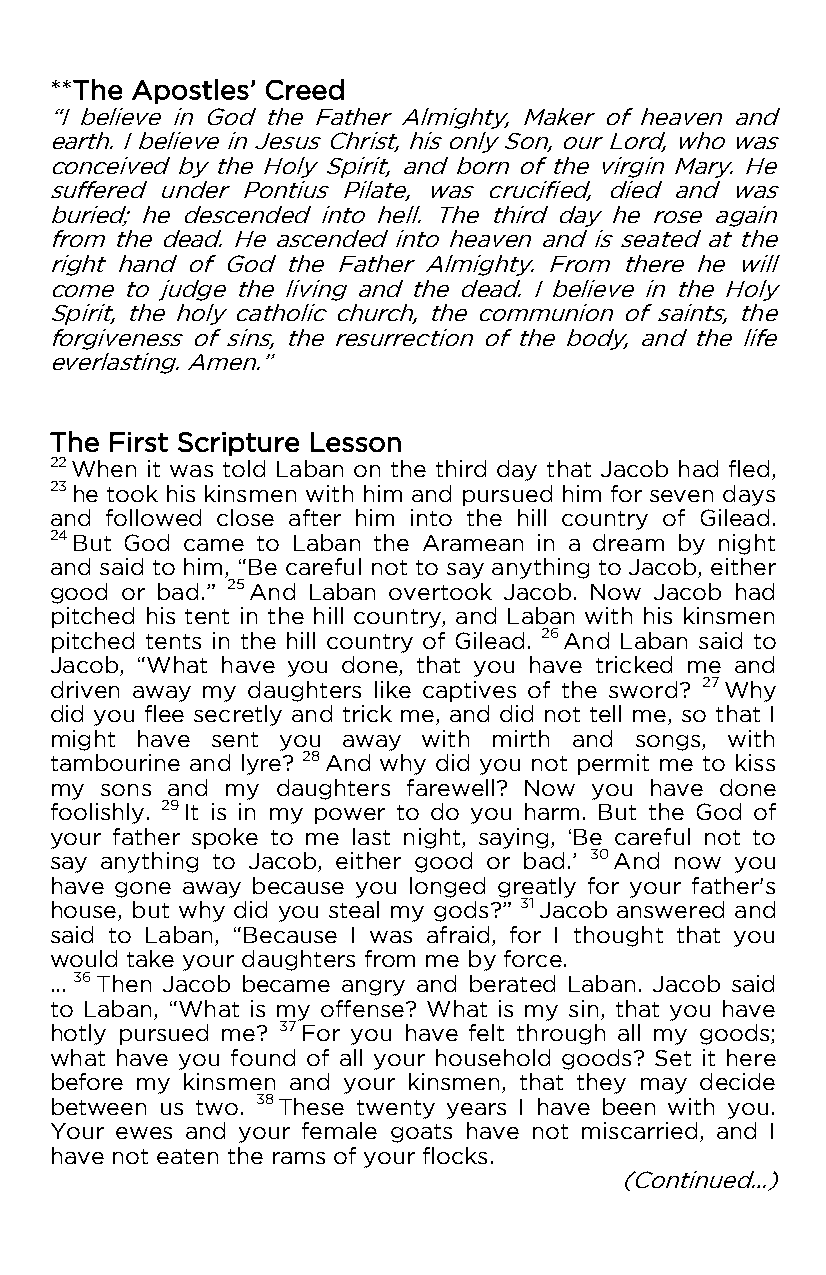
**The Apostles’ Creed
 “I believe in God the Father Almighty, Maker of heaven and
 earth. I believe in Jesus Christ, his only Son, our Lord, who was
 conceived by the Holy Spirit, and born of the virgin Mary. He
 suffered under Pontius Pilate, was crucified, died and was
 buried; he descended into hell. The third day he rose again
 from the dead. He ascended into heaven and is seated at the
 right hand of God the Father Almighty. From there he will
 come to judge the living and the dead. I believe in the Holy
 Spirit, the holy catholic church, the communion of saints, the
 forgiveness of sins, the resurrection of the body, and the life
 everlasting. Amen.”
 The First Scripture Lesson
 22 When it was told Laban on the third day that Jacob had fled,
 23 he took his kinsmen with him and pursued him for seven days
 and followed close after him into the hill country of Gilead.
 24 But God came to Laban the Aramean in a dream by night
 and said to him, “Be careful not to say anything to Jacob, either
 good or bad.” 25 And Laban overtook Jacob. Now Jacob had
 pitched his tent in the hill country, and Laban with his kinsmen
 pitched tents in the hill country of Gilead. 26 And Laban said to
 Jacob, “What have you done, that you have tricked me and
 driven away my daughters like captives of the sword? 27 Why
 did you flee secretly and trick me, and did not tell me, so that I
 might have sent you away with mirth and songs, with
 tambourine and lyre? 28 And why did you not permit me to kiss
 my  sons and my daughters farewell? Now you have done
 foolishly. 29 It is in my power to do you harm. But the God of
 your father spoke to me last night, saying, ‘Be careful not to
 say anything to Jacob, either good or bad.’ 30 And now you
 have gone away because you longed greatly for your father's
 house, but why did you steal my gods?” 31 Jacob answered and
 said to Laban, “Because I was afraid, for I thought that you
 would take your daughters from me by force.
 … 36 Then Jacob became angry and berated Laban. Jacob said
 to Laban, “What is my offense? What is my sin, that you have
 hotly pursued me? 37 For you have felt through all my goods;
 what have you found of all your household goods? Set it here
 before my kinsmen and your kinsmen, that they may decide
 between us two. 38 These twenty years I have been with you.
 Your ewes and your female goats have not miscarried, and I
 have not eaten the rams of your flocks.
 (Continued…)